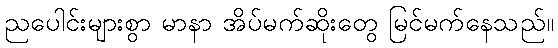
ညပေါင်းများစွာ မာနာ အိပ်မက်ဆိုးတွေ မြင်မက်နေသည်။